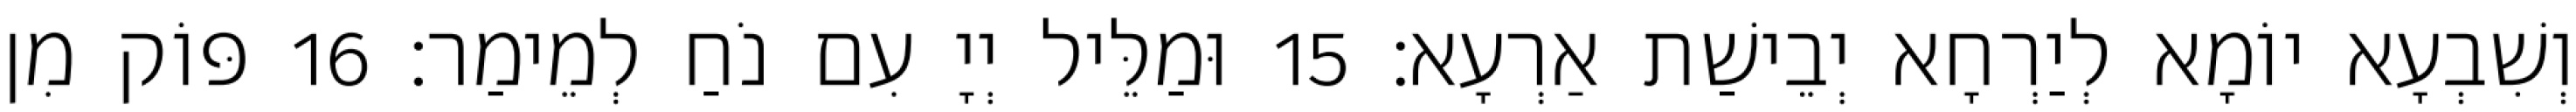
וְשִׁבְעָא יוֹמָא לְיַרְחָא יְבֵישַׁת אַרְעָא׃ 15 וּמַלֵּיל יְיָ עִם נֹחַ לְמֵימַר׃ 16 פּוֹק מִן